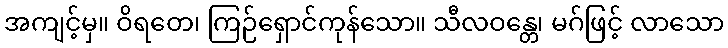
အကျင့်မှ။ ဝိရတေ၊ ကြဉ်ရှောင်ကုန်သော။ သီလဝန္တေ၊ မဂ်ဖြင့် လာသော